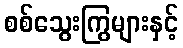
စစ်သွေးကြွများနှင့်